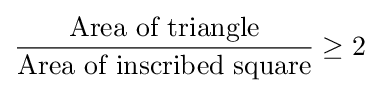
{\frac {\text{Area of triangle}}{\text{Area of inscribed square}}}\geq 2